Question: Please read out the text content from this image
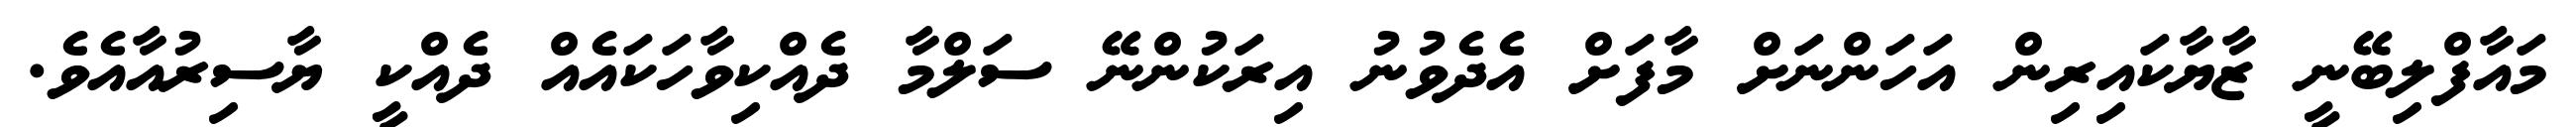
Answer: މައާފްލިބޭނީ ޒާޔާކައިރިން އަހަންނަށް މާފަށް އެދެވުނު އިރަކުންނޭ ސަލްމާ ދެއްކިވާހަކައެއް ދެއްކީ ޔާސިރުއާއެވެ.